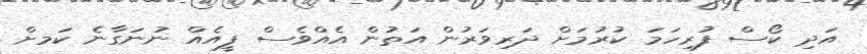
އަދި ކޯސް ފުރިހަމަ ކުރުމަށް ދަރިވަރުން އަތުން އެއްވެސް ފީއެއް ނުނަގާނެ ކަަމށް